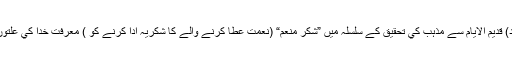
اسي وجہ سے علمائے علم كلام (عقائد) قديم الايام سے مذہب كي تحقيق كے سلسلہ ميں ”شكرِ منعم“ (نعمت عطا كرنے والے كا شكريہ ادا كرنے كو ) معرفت خدا كي علتوں ميں سے ايك علت شمار كرتے ہيں۔